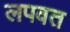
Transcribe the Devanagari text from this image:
लपवत